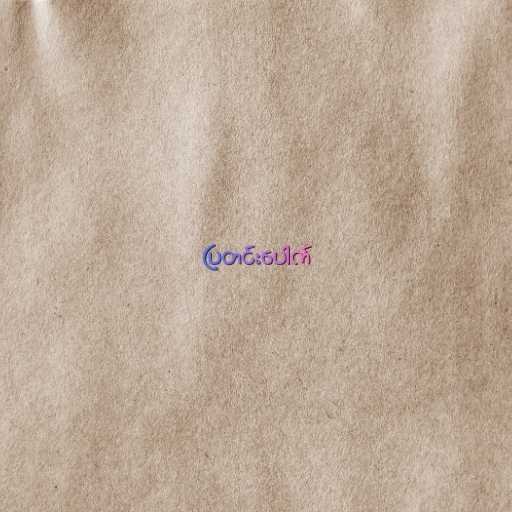
ပြတင်းပေါက်